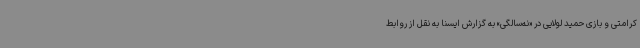
کرامتی و بازی حمید لولایی در «نه‌سالگی» به گزارش ایسنا به نقل از روابط